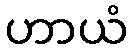
ဟာယံ